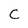
Character: c